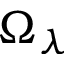
\Omega _ { \lambda }